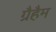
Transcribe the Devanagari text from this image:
ग्रैहैम